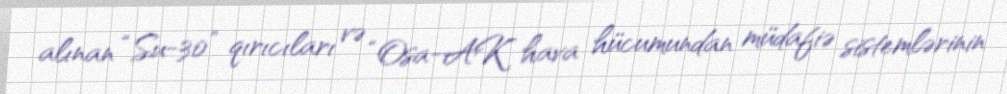
alınan “Su-30” qırıcıları və “Osa-AK” hava hücumundan müdafiə sistemlərinin